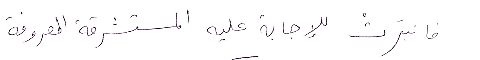
فانبَرت للإجابة عليه المستشرقة المعروفة